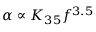
\alpha \propto K _ { 3 5 } f ^ { 3 . 5 }